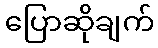
ပြောဆိုချက်